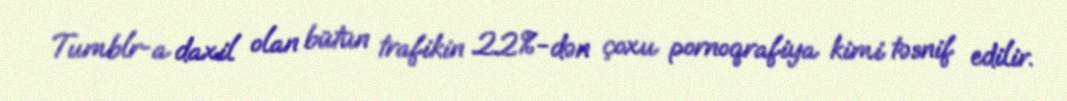
Tumblr-a daxil olan bütün trafikin 22%-dən çoxu pornoqrafiya kimi təsnif edilir.